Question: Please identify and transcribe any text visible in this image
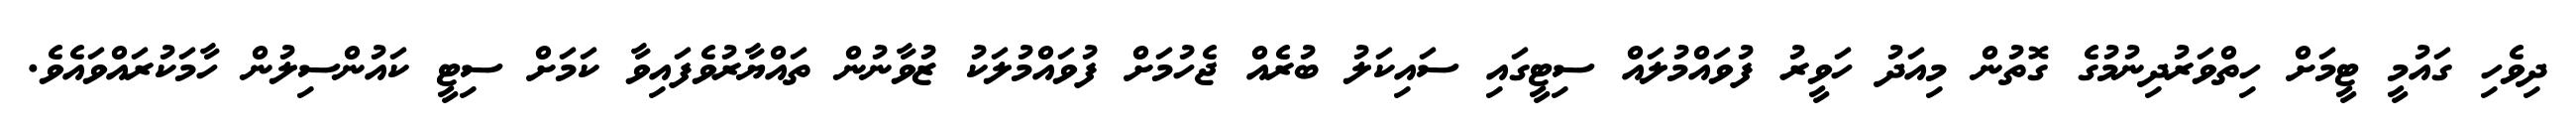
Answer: ދިވެހި ގައުމީ ޓީމަށް ހިތްވަރުދިނުމުގެ ގޮތުން މިއަދު ހަވީރު ފުވައްމުލައް ސިޓީގައި ސައިކަލު ބުރެއް ޖެހުމަށް ފުވައްމުލަކު ޒުވާނުން ތައްޔާރުވެފައިވާ ކަމަށް ސިޓީ ކައުންސިލުން ހާމަކުރައްވައެވެ.